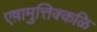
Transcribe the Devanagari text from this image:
एष़ामुत्तिक्कळि